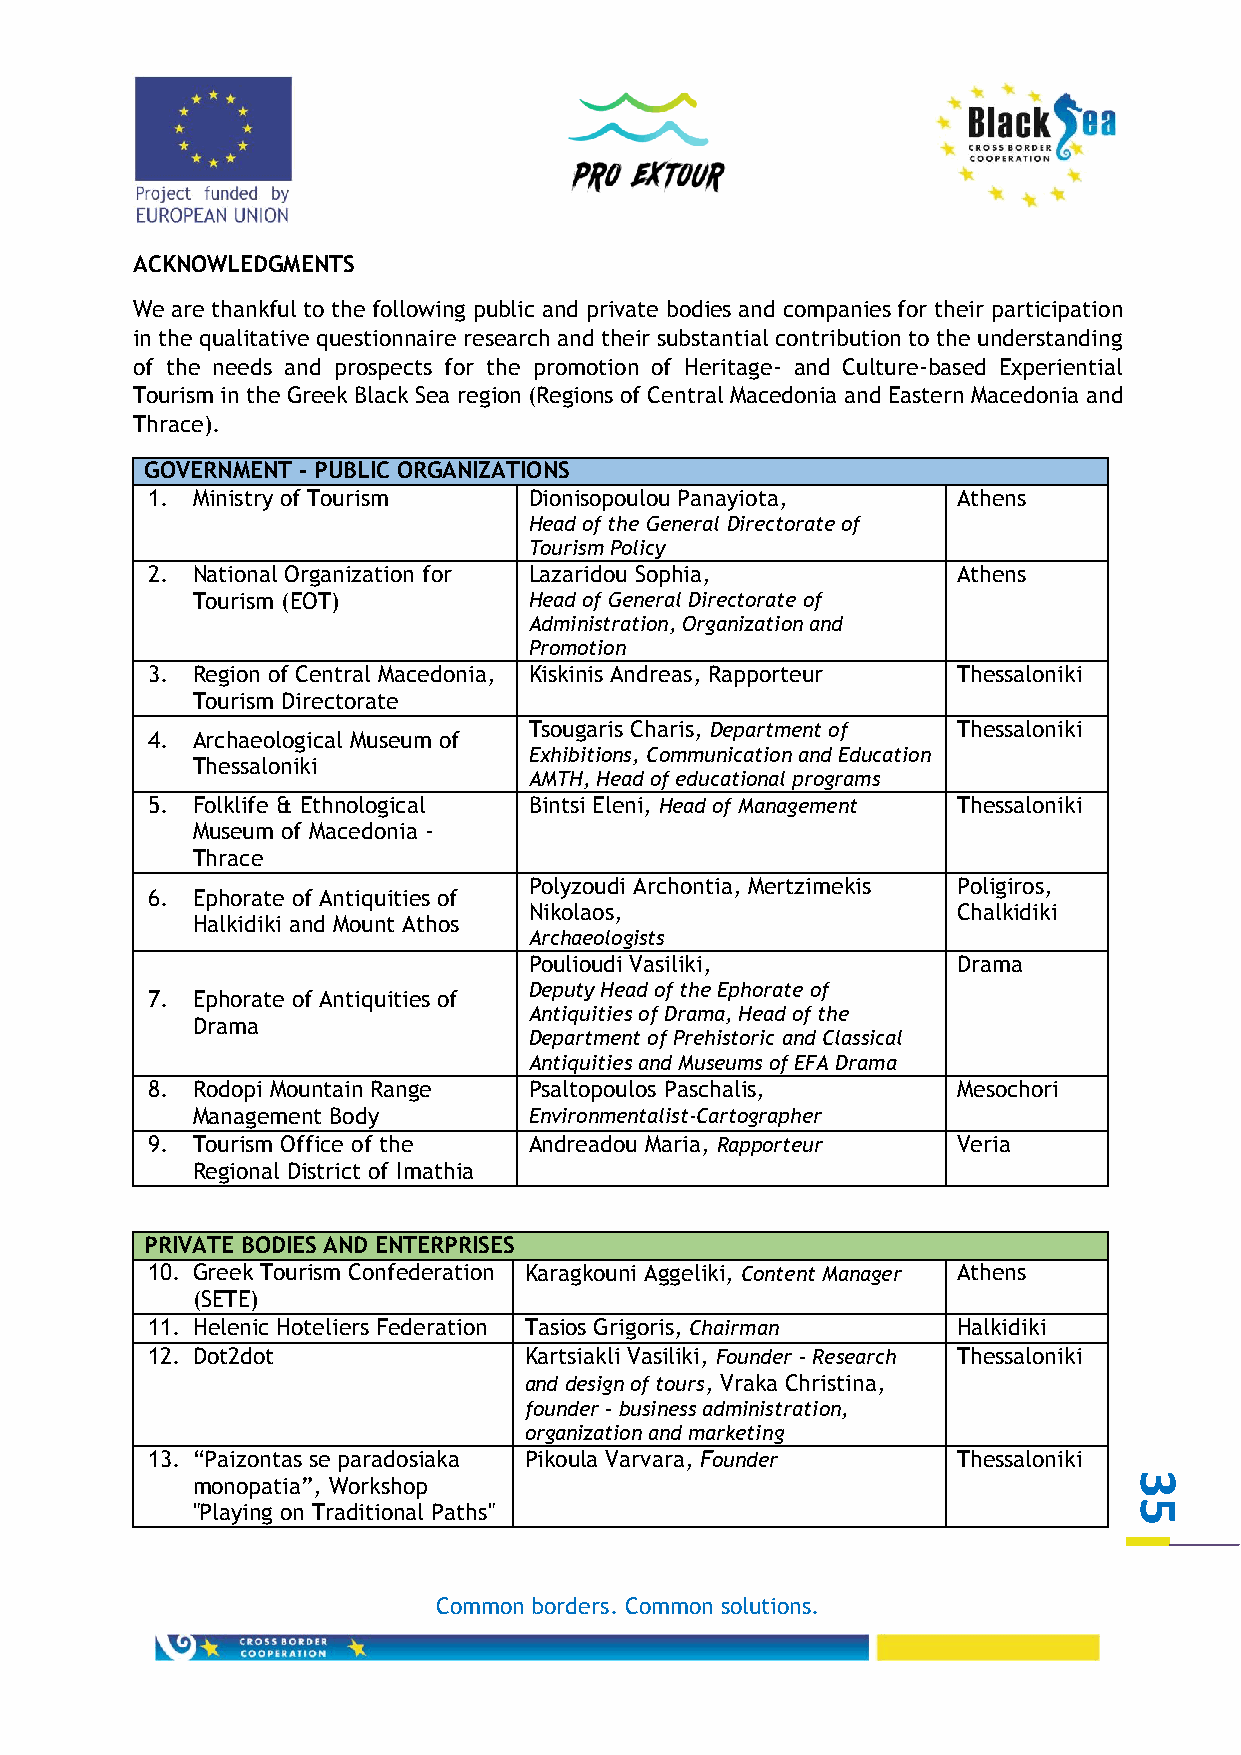
ACKNOWLEDGMENTS
 We are thankful to the following public and private bodies and companies for their participation
 in the qualitative questionnaire research and their substantial contribution to the understanding
 of the needs and prospects for the promotion of Heritage- and Culture-based Experiential
 Tourism in the Greek Black Sea region (Regions of Central Macedonia and Eastern Macedonia and
 Thrace).
 GOVERNMENT - PUBLIC ORGANIZATIONS
 1. Ministry of Tourism   Dionisopoulou Panayiota,    Athens
 Head of the General Directorate of
 Tourism Policy
 2. National Organization for Lazaridou Sophia,       Athens
 Tourism (EOT)         Head of General Directorate of
 Administration, Organization and
 Promotion
 3. Region of Central Macedonia, Kiskinis Andreas, Rapporteur Thessaloniki
 Tourism Directorate
 Tsougaris Charis, Department of Thessaloniki
 4. Archaeological Museum of
 Exhibitions, Communication and Education
 Thessaloniki
 AMTH, Head of educational programs
 5. Folklife & Ethnological Bintsi Eleni, Head of Management Thessaloniki
 Museum of Macedonia -
 Thrace
 Polyzoudi Archontia, Mertzimekis Poligiros,
 6. Ephorate of Antiquities of
 Nikolaos,                   Chalkidiki
 Halkidiki and Mount Athos
 Archaeologists
 Poulioudi Vasiliki,         Drama
 Deputy Head of the Ephorate of
 7. Ephorate of Antiquities of
 Antiquities of Drama, Head of the
 Drama
 Department of Prehistoric and Classical
 Antiquities and Museums of EFA Drama
 8. Rodopi Mountain Range Psaltopoulos Paschalis,     Mesochori
 Management Body       Environmentalist-Cartographer
 9. Tourism Office of the Andreadou Maria, Rapporteur Veria
 Regional District of Imathia
 PRIVATE BODIES AND ENTERPRISES
 10. Greek Tourism Confederation Karagkouni Aggeliki, Content Manager Athens
 (SETE)
 11. Helenic Hoteliers Federation Tasios Grigoris, Chairman Halkidiki
 12. Dot2dot              Kartsiakli Vasiliki, Founder – Research Thessaloniki
 and design of tours, Vraka Christina,
 founder – business administration,
 organization and marketing
 13. “Paizontas se paradosiaka Pikoula Varvara, Founder Thessaloniki
 monopatia”, Workshop                                          3
 "Playing on Traditional Paths"                                5
 Common borders. Common solutions.